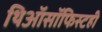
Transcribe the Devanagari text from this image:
थिऑसॉफिस्टही